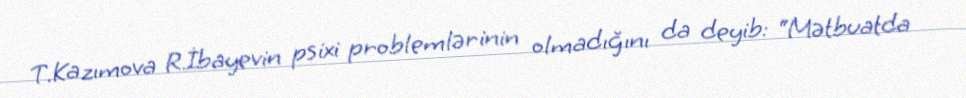
T.Kazımova R.İbayevin psixi problemlərinin olmadığını da deyib: “Mətbuatda